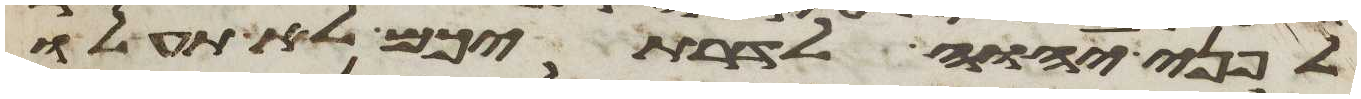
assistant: לפני יהוה לדרתיכם לא תעלו